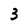
Character: 3